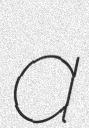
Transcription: a